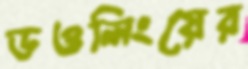
ডওলিংয়ের